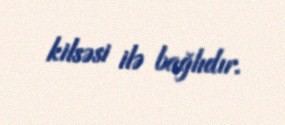
kilsəsi ilə bağlıdır.